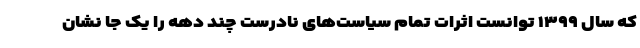
که سال ۱۳۹۹ توانست اثرات تمام سیاست‌های نادرست چند دهه را یک جا نشان